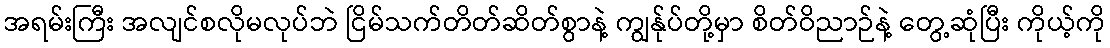
အရမ်းကြီး အလျင်စလိုမလုပ်ဘဲ ငြိမ်သက်တိတ်ဆိတ်စွာနဲ့ ကျွန်ုပ်တို့မှာ စိတ်ဝိညာဉ်နဲ့ တွေ့ဆုံပြီး ကိုယ့်ကို